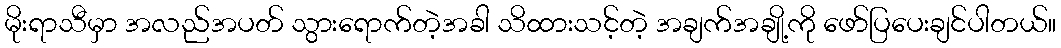
မိုးရာသီမှာ အလည်အပတ် သွားရောက်တဲ့အခါ သိထားသင့်တဲ့ အချက်အချို့ကို ဖော်ပြပေးချင်ပါတယ်။